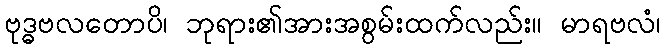
ဗုဒ္ဓဗလတောပိ၊ ဘုရား၏အားအစွမ်းထက်လည်း။ မာရဗလံ၊